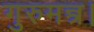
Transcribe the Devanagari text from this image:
गुरुमन्त्र।